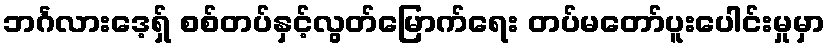
ဘင်္ဂလားဒေ့ရှ် စစ်တပ်နှင့်လွတ်မြောက်ရေး တပ်မတော်ပူးပေါင်းမှုမှာ